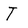
Character: T